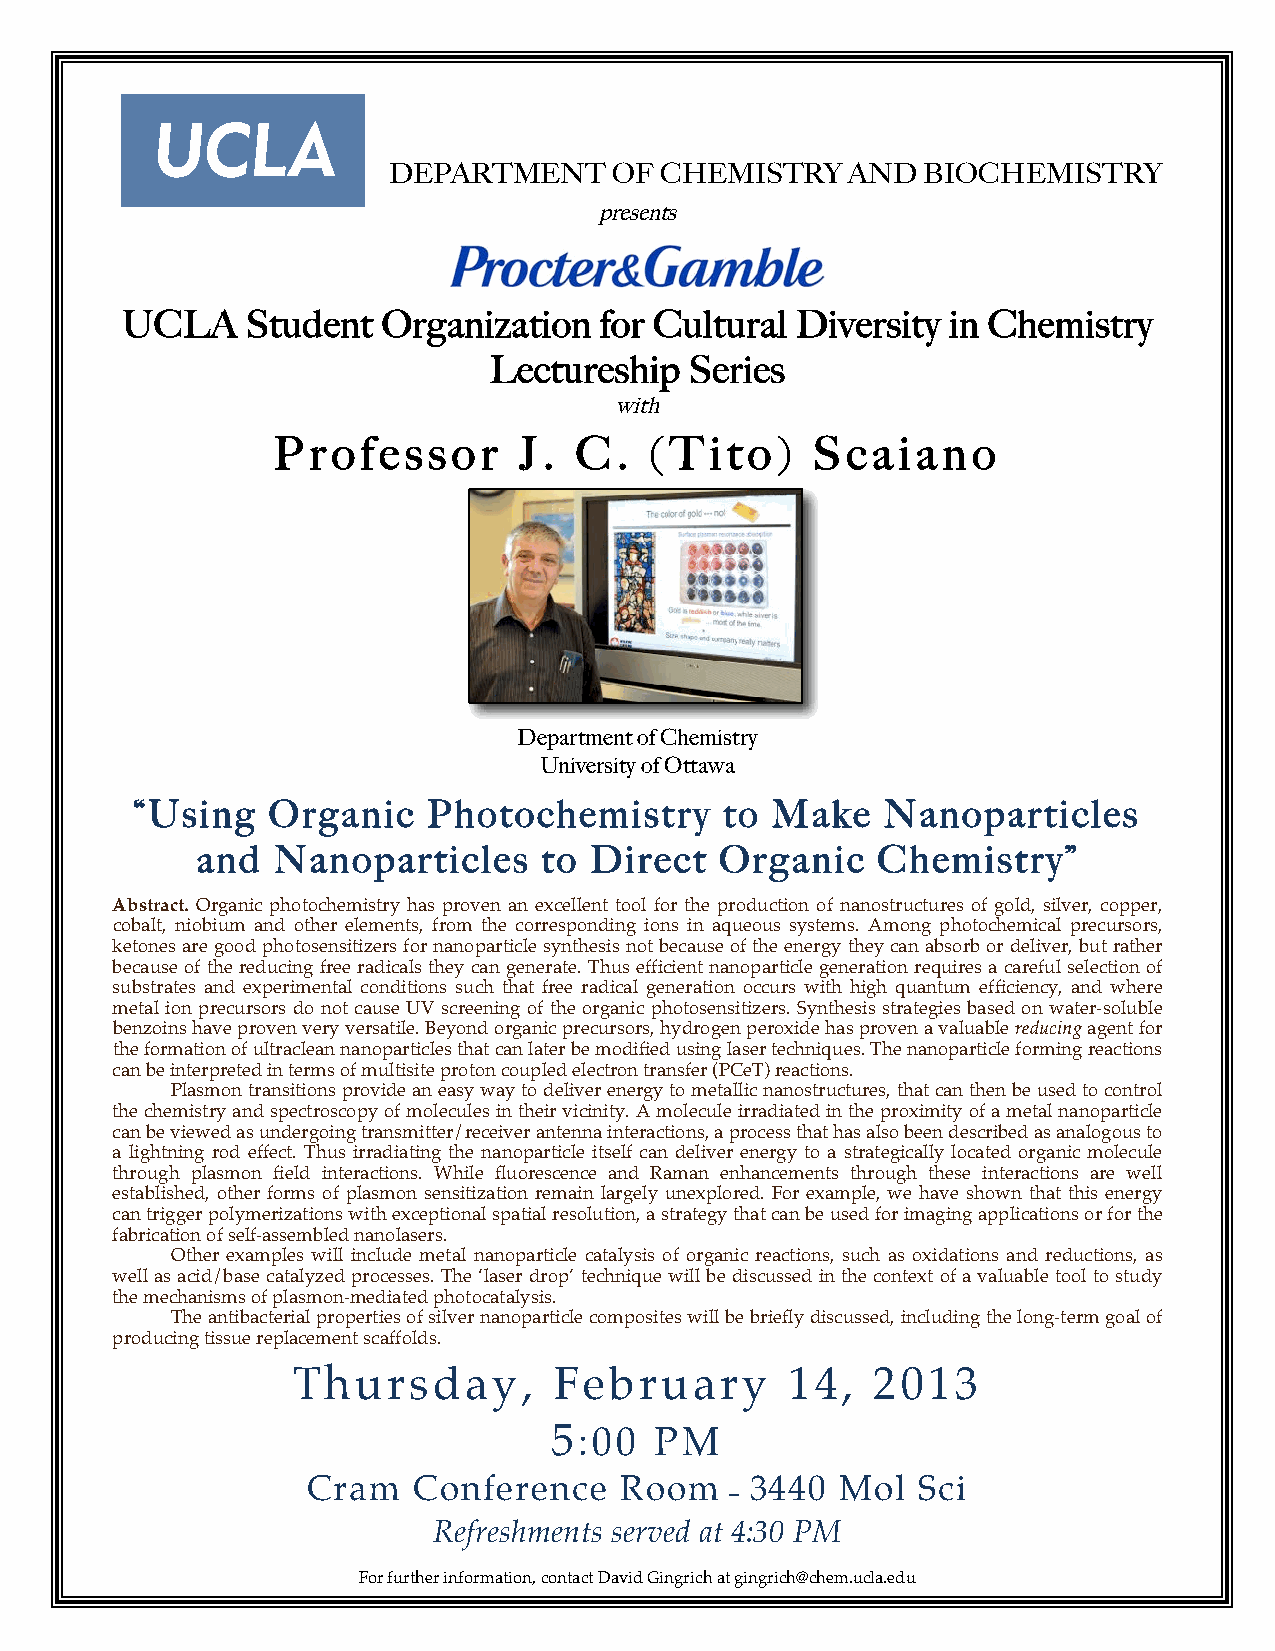
UCLA
 DEPARTMENT     OF CHEMISTRY   AND  BIOCHEMISTRY
 presents
 UCLA    Student  Organization   for Cultural Diversity in Chemistry
 Lectureship   Series
 with
 Professor       J.  C.   (Tito)     Scaiano
 Department of Chemistry
 University of Ottawa
 “Using   Organic   Photochemistry      to Make   Nanoparticles
 and  Nanoparticles     to Direct   Organic   Chemistry”
 Abstract. Organic photochemistry has proven an excellent tool for the production of nanostructures of gold, silver, copper,
 cobalt, niobium and other elements, from the corresponding ions in aqueous systems. Among photochemical precursors,
 ketones are good photosensitizers for nanoparticle synthesis not because of the energy they can absorb or deliver, but rather
 because of the reducing free radicals they can generate. Thus efficient nanoparticle generation requires a careful selection of
 substrates and experimental conditions such that free radical generation occurs with high quantum efficiency, and where
 metal ion precursors do not cause UV screening of the organic photosensitizers. Synthesis strategies based on water-soluble
 benzoins have proven very versatile. Beyond organic precursors, hydrogen peroxide has proven a valuable reducing agent for
 the formation of ultraclean nanoparticles that can later be modified using laser techniques. The nanoparticle forming reactions
 can be interpreted in terms of multisite proton coupled electron transfer (PCeT) reactions.
 Plasmon transitions provide an easy way to deliver energy to metallic nanostructures, that can then be used to control
 the chemistry and spectroscopy of molecules in their vicinity. A molecule irradiated in the proximity of a metal nanoparticle
 can be viewed as undergoing transmitter/receiver antenna interactions, a process that has also been described as analogous to
 a lightning rod effect. Thus irradiating the nanoparticle itself can deliver energy to a strategically located organic molecule
 through plasmon field interactions. While fluorescence and Raman enhancements through these interactions are well
 established, other forms of plasmon sensitization remain largely unexplored. For example, we have shown that this energy
 can trigger polymerizations with exceptional spatial resolution, a strategy that can be used for imaging applications or for the
 fabrication of self-assembled nanolasers.
 Other examples will include metal nanoparticle catalysis of organic reactions, such as oxidations and reductions, as
 well as acid/base catalyzed processes. The ‘laser drop’ technique will be discussed in the context of a valuable tool to study
 the mechanisms of plasmon-mediated photocatalysis.
 The antibacterial properties of silver nanoparticle composites will be briefly discussed, including the long-term goal of
 producing tissue replacement scaffolds.
 Thursday,         February       14,   201  3
 5:00   PM
 Cram   Conference    Room
 –
 3440  Mol  Sci
 Refreshments served at 4:30 PM
 For further information, contact David Gingrich at gingrich@chem.ucla.edu